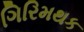
ગિરિમથક